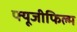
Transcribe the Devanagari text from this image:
फ्यूजीफिल्म